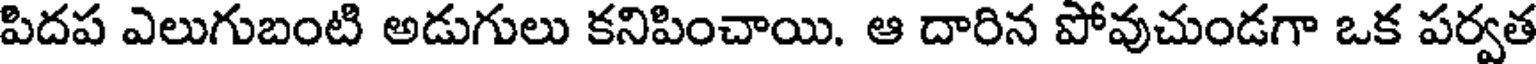
పిదప ఎలుగుబంటి అడుగులు కనిపించాయి. ఆ దారిన పోవుచుండగా ఒక పర్వత